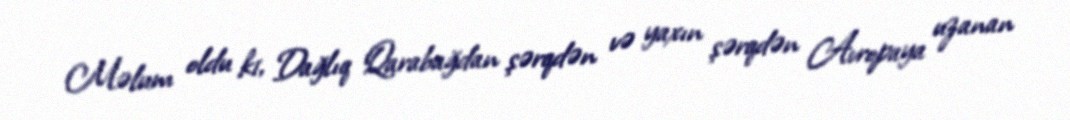
Məlum oldu ki, Dağlıq Qarabağdan şərqdən və yaxın şərqdən Avropaya uzanan